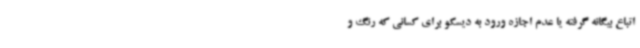
اتباع بیگانه گرفته یا عدم اجازه ورود به دیسکو برای کسانی که رنگ و